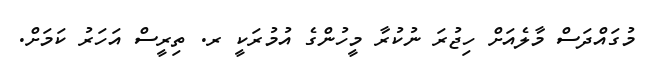
މުގައްދަސް މާލެއަށް ހިޖުރަ ނުކުރާ މީހުންގެ އުމުރަކީ ރ. ތިރީސް އަހަރު ކަމަށް.